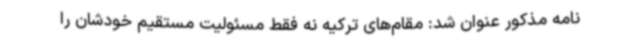
نامه مذکور عنوان شد: مقام‌های ترکیه نه فقط مسئولیت مستقیم خودشان را